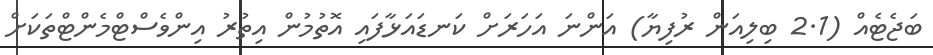
ބަޖެޓެއް (2.1 ބިލިއަން ރުފިޔާ) އަންނަ އަހަރަށް ކަނޑައަޅާފައި އޮތުމުން އިތުރު އިންވެސްޓްމެންޓްތަކަށް